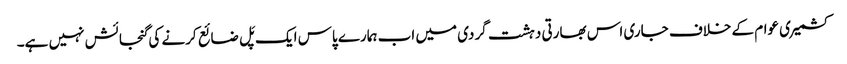
کشمیری عوام کے خلاف جاری اس بھارتی دہشت گردی میں اب ہمارے پاس ایک پَل ضائع کرنے کی گنجائش نہیں ہے۔